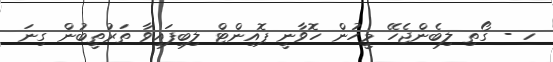
ހ - ގޯތި ލިބެންޖެހޭ މީހުން ހޮވާނީ ޕޮއިންޓް ލިބިފައިވާ ތަރުތީބުން ގިނަ